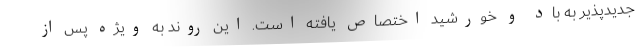
جدیدپذیر به باد و خورشید اختصاص یافته است. این روند به ویژه پس از